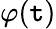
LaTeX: \varphi(\mathtt{t})